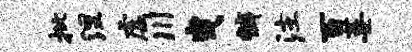
批涅虚川曳裤注百萎